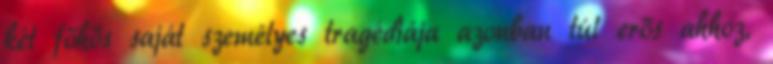
két főhős saját személyes tragédiája azonban túl erős ahhoz,